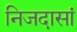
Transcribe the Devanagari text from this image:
निजदासां